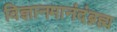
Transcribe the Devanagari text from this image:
विज्ञानमानंदंब्रह्म